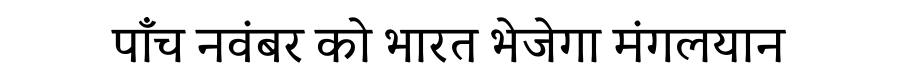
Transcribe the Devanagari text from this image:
पाँच नवंबर को भारत भेजेगा मंगलयान